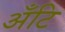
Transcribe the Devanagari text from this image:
अँटि